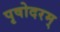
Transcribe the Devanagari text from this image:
पृषोदरम्